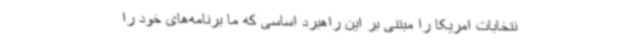
نتخابات امریکا را مبتنی بر این راهبرد اساسی که ما برنامه‌های خود را